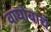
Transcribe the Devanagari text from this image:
वाघोबाचे